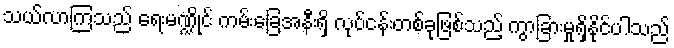
သယ်လာကြသည် ရေးမဏ္ဍိုင် ကမ်းခြေအနီးရှိ လုပ်ငန်းတစ်ခုဖြစ်သည့် ကွာခြားမှုရှိနိုင်ပါသည်